Annual administration report of the Civil Veterinary Department, Ajmere-Merwara, British Rajputana - 1914-1940
Year: 1914
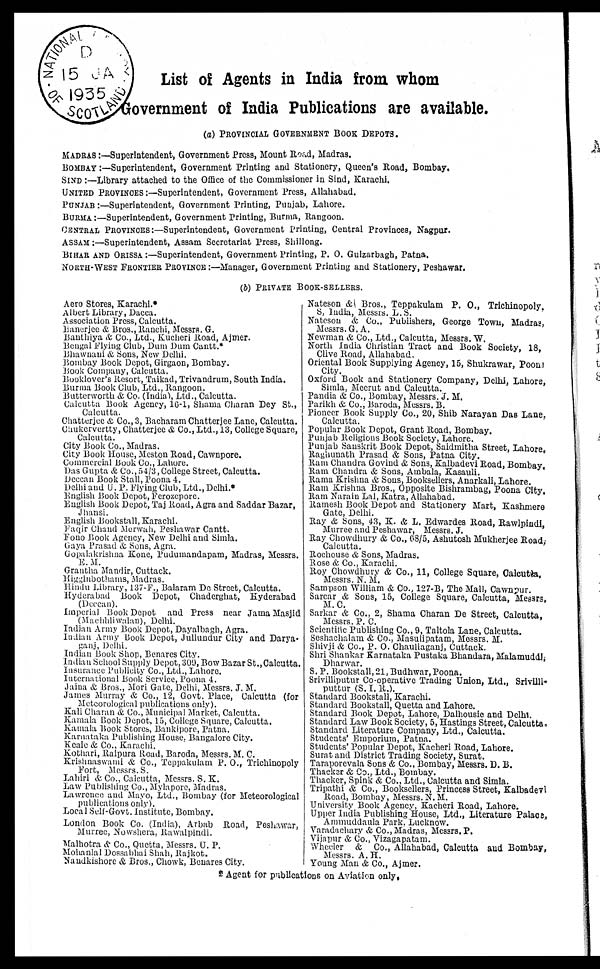
List of Agents in India from whom
Government of India Publications are available.
(a) PROVINCIAL GOVERNMENT BOOK DEPOTS.
MADRAS:—Superintendent, Government Press, Mount Road, Madras.
BOMBAY:—Superintendent, Government Printing and Stationery, Queen's Road, Bombay.
SIND:—Library attached to the Office of the Commissioner in Sind, Karachi.
UNITED PROVINCES:—Superintendent, Government Press, Allahabad.
PUNJAB:—Superintendent, Government Printing, Punjab, Lahore.
BURMA:—Superintendent, Government Printing, Burma, Rangoon.
CENTRAL PROVINCES:—Superintendent, Government Printing, Central Provinces, Nagpur.
ASSAM:—Superintendent, Assam Secretariat Press, Shillong.
BIHAR AND ORISSA:—Superintendent, Government Printing, P. O. Gulzarbagh, Patna.
NORTH-WEST FRONTIER PROVINCE:—Manager, Government Printing and Stationery, Peshawar.
(b) PRIVATE BOOK-SELLERS.
Aero Stores, Karachi.*
Albert Library, Dacca.
Association Press, Calcutta.
Banerjee & Bros., Ranchi, Messrs. G.
Banthiya & Co., Ltd., Kucheri Road, Ajmer.
Bengal Flying Club, Dum Dum Cantt.*
Bhawnani & Sons, New Delhi.
Bombay Book Depot, Girgaon, Bombay.
Book Company, Calcutta.
Booklover's Resort, Taikad, Trivandrum, South India.
Burma Book Club, Ltd., Rangoon.
Butterworth & Co. (India), Ltd., Calcutta.
Calcutta Book Agency, l6-1, Shama Charan Dey St.,
Calcutta.
Chatterjee & Co., 3, Bacharam Chatterjee Lane, Calcutta.
Chukervertty, Chatterjee & Co., Ltd., 13, College Square,
Calcutta.
City Book Co., Madras.
City Book House, Meston Road, Cawnpore.
Commercial Book Co., Lahore.
Das Gupta & Co., 54/3, College Street, Calcutta.
Deccan Book Stall, Poona 4.
Delhi and U. P. Flying Club, Ltd., Delhi.
English Book Depot, Ferozepore.
English Book Depot, Taj Road, Agra and Saddar Bazar,
Jhansi.
English Bookstall, Karachi.
Faqir Chand Merwah, Peshawar Cantt.
Fono Book Agency, New Delhi and Simla.
Gaya Prasad & Sons, Agra.
Gopalakrishna Kone, Pudumandapam, Madras, Messrs.
E. .M.
Grantha Mandir, Cuttack.
Higginbothams, Madras.
Hindu Library, 137-F., Balaram De Street, Calcutta.
Hyderabad Book Depot, Chaderghat, Hyderabad
(Deecan).
Imperial Book Depot and Press near Jama Masjid
(Machhliwalan), Delhi.
Indian Army Book Depot, Dayalbagh, Agra.
Indian Army Book Depot, Jullundur City and Darya¬
ganj, Delhi.
Indian Book Shop, Benares City.
Indian School Supply Depot, 309, Bow Bazar St., Calcutta.
Insurance Publicity Co., Ltd., Lahore.
International Book Service, Poona 4.
Jaina & Bros., Mori Gate, Delhi, Messrs. J. M.
James Murray & Co., 12, Govt. Place, Calcutta (for
Meteorological publications only).
Kali Charan & Co., Municipal Market, Calcutta.
Kamala Book Depot, 15, College Square, Calcutta.
Kamala Book Stores, Bankipore, Patna.
Karnataka Publishing House, Bangalore City.
Keale & Co., Karachi.
Kothari, Raipura Road, Baroda, Messrs. M. C.
Krishnaswami & Co., Teppakulam P. O., Trichinopoly
Fort, Messrs. S.
Lahiri & Co., Calcutta, Messrs. S. K.
Law Publishing Co., Mylapore, Madras.
Lawrence and Mayo, Ltd., Bombay (for Meteorological
publications only).
Local Self-Govt. Institute, Bombay.
London Book Co. (India), Arbab Road, Peshawar,
Murree, Nowshera, Rawalpindi.
Malhotra & Co., Quetta, Messrs. U. P.
Mohanlal Dossabhai Shah, Rajkot.
Nandkishore & Bros., Chowk, Benares City.
Nateson & Bros., Teppakulam P. O., Trichinopoly.
S, India, Messrs. L. S.
Nateson & Co., Publishers, George Town, Madras,
Messrs. G. A.
Newman & Co., Ltd., Calcutta, Messrs. W.
North India Christian Tract and Book Society, 18,
Clive Road, Allahabad.
Oriental Book Supplying Agency, 15, Shukrawar, Poona
City.
Oxford Book and Stationery Company, Delhi, Lahore,
Simla, Meerut and Calcutta.
Pandia & Co., Bombay, Messrs. J. M.
Parikh & Co., Baroda, Messrs. B.
Pioneer Book Supply Co., 20, Shib Narayan Das Lane.
Calcutta.
Popular Book Depot, Grant Road, Bombay.
Punjab Religious Book Society, Lahore.
Punjab Sanskrit Book Depot, Saidmitha Street, Lahore.
Raghunath Prasad & Sons, Patna City.
Ram Chandra Govind & Sons, Kalbadevi Road, Bombay,
Ram Chandra & Sons, Ambala, Kasauli.
Rama Krishna & Sons, Booksellers, Anarkali, Lahore.
Ram Krishna Bros., Opposite Bishrambag, Poona City.
Ram Narain Lal, Katra, Allahabad.
Ramesh Book Depot and Stationery Mart, Kashmere
Gate, Delhi.
Ray & Sons, 43, K. & L. Edwardes Road, Rawlpindi,
Murree and Peshawar, Messrs. J.
Ray Chowdhury & Co., 68/5, Ashutosh Mukherjee Road,
Calcutta.
Rochouse & Sons, Madras.
Rose & Co., Karachi.
Roy Chowdhury & Co., 11, College Square, Calcutta,
Messrs. N. M.
Sampson William & Co., 127-B, The Mall, Cawnpur.
Sarcar & Sons, 15, College Square, Calcutta, Messrs.
M. C.
Sarkar & Co., 2, Shama Charan De Street, Calcutta,
Messrs. P. C.
Scientific Publishing Co., 9, Taltola Lane, Calcutta.
Seshachalam & Co., Masulipatam, Messrs. M.
Shivji & Co., P. O. Chauliaganj, Cuttack.
Shri Shankar Karnataka Pustaka Bhandara, Malamuddi,
Dharwar.
S. P. Bookstall, 21, Budhwar,Poona.
Srivilliputur Co-operative Trading Union, Ltd., Srivilli
puttur (S. I. R.).
Standard Bookstall, Karachi.
Standard Bookstall, Quetta and Lahore.
Standard Book Depot, Lahore, Dalhousie and Delhi.
Standard Law Book Society, 5, Hastings Street, Calcutta.
Standard Literature Company, Ltd., Calcutta.
Students' Emporium, Patna.
Students' Popular Depot, Kacheri Road, Lahore.
Surat and District Trading Society, Surat.
Taraporevala Sons & Co., Bombay, Messrs. D. B.
Thacker & Co., Ltd., Bombay.
Thacker, Spink & Co., Ltd., Calcutta and Simla.
Tripathi & Co., Booksellers, Princess Street, Kalbadevi
Road, Bombay, Messrs. N. M.
University Book Agency, Kacheri Road, Lahore.
Upper India Publishing House, Ltd., Literature Palace,
Ammuddaula Park, Lucknow.
Varadachary & Co., Madras, Messrs. P.
Vijapur & Co., Vizagapatam.
Wheeler & Co., Allahabad, Calcutta and Bombay,
Messrs. A. H.
Young Man & Co., Ajmer.
Agent for publications on Aviation only,